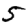
Digit: 5